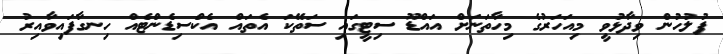
ފުލުހުން ވިދާޅުވީ މިއަހަރުގެ މިހާތަނަށް އައްޑޫ ސިޓީގައި ސަތޭކަ އެތައް އެކްސިޑެންޓެއް ހިނގާފައިވާއިރު